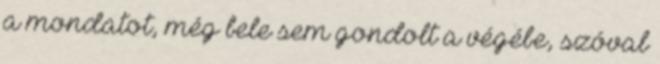
a mondatot, még bele sem gondolt a végébe, szóval